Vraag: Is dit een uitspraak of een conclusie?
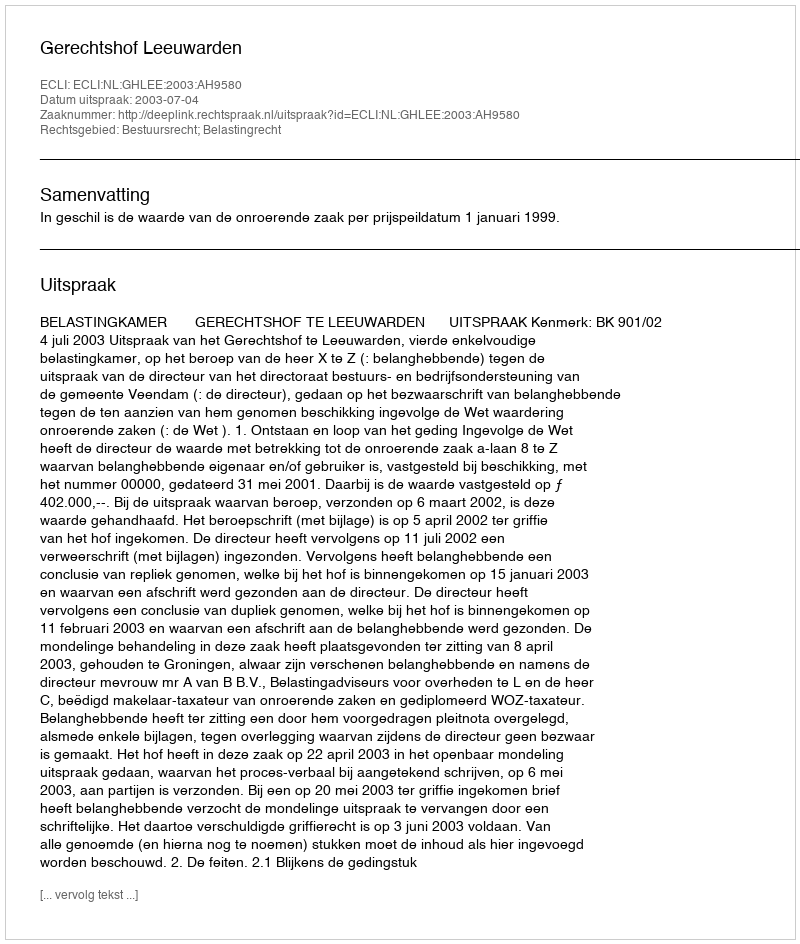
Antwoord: Uitspraak